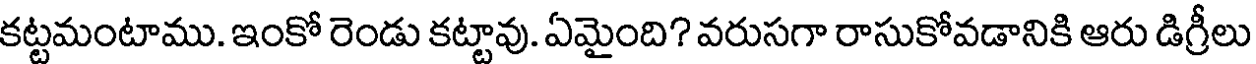
కట్టమంటాము. ఇంకో రెండు కట్టావు. ఏమైంది? వరుసగా రాసుకోవడానికి ఆరు డిగ్రీలు